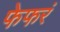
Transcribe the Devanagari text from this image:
फेफरं